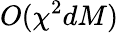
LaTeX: O(\chi^{2}dM)